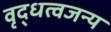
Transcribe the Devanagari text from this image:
वृद्धत्वजन्य